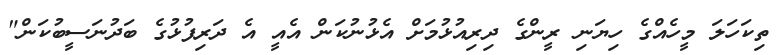
ތިކަހަލަ މީހެއްގެ ހިޔަނި ރީންގެ ދިރިއުޅުމަށް އެޅުނުކަން އެއީ އެ ދަރިފުޅުގެ ބަދުނަސީބުކަން"